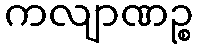
ကလျာဏဉ္စ